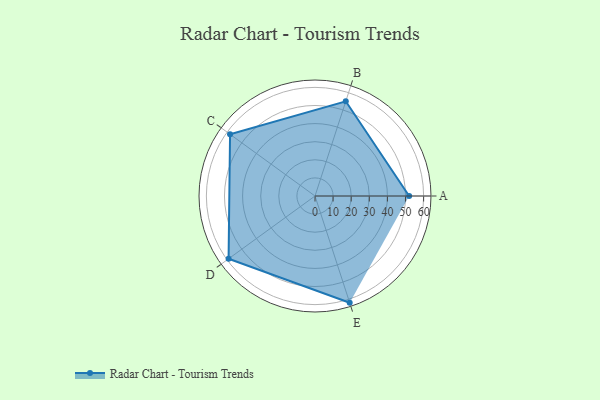
{"axis": {"x": "Skill", "y": "Score"}, "legend": ["Profile"], "data": [{"x": "A", "y": 52.0, "type": "Profile"}, {"x": "B", "y": 55.0, "type": "Profile"}, {"x": "C", "y": 58.0, "type": "Profile"}, {"x": "D", "y": 59.0, "type": "Profile"}, {"x": "E", "y": 62.0, "type": "Profile"}]}